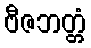
ဗီဇဘတ္တံ